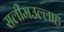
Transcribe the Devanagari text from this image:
सलीमउल्लाह